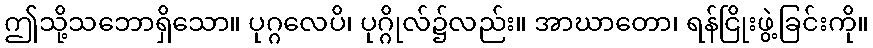
ဤသို့သဘောရှိသော။ ပုဂ္ဂလေပိ၊ ပုဂ္ဂိုလ်၌လည်း။ အာဃာတော၊ ရန်ငြိုးဖွဲ့ခြင်းကို။